Report of the Bombay Veterinary College
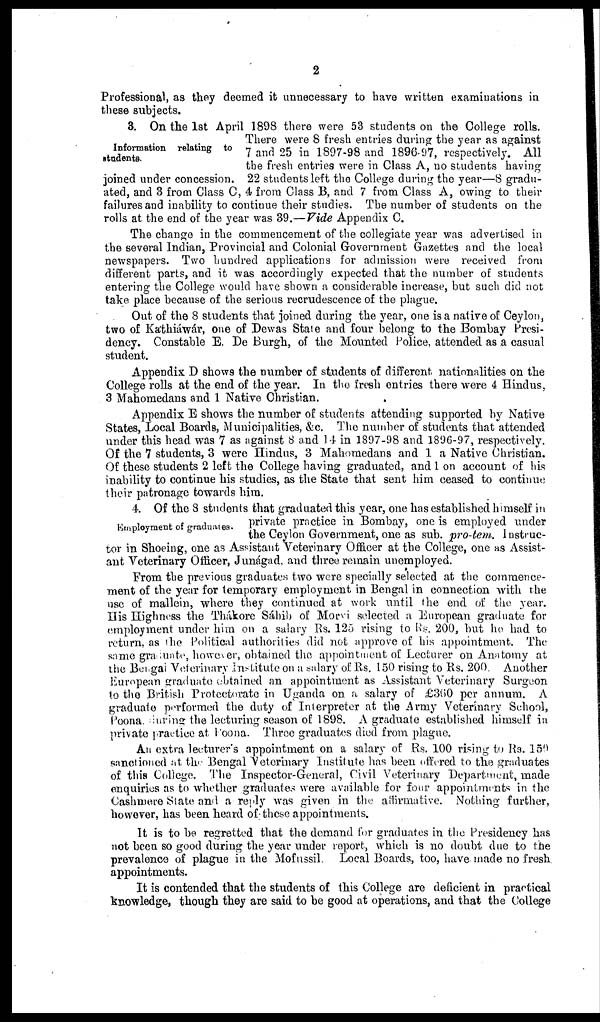
2
Professional, as they deemed it unnecessary to have written examinations in
these subjects.
Information relating to
students.
3. On the 1st April 1898 there were 53 students on the College rolls.
There were 8 fresh entries during the year as against
7 and 25 in 1897-98 and 1896-97, respectively. All
the fresh entries were in Class A, no students having
joined under concession. 22 students left the College during the year—8 gradu-
ated, and 3 from Class C, 4 from Class B, and 7 from Class A, owing to their
failures and inability to continue their studies. The number of students on the
rolls at the end of the year was 39.—Vide Appendix C.
The change in the commencement of the collegiate year was advertised in
the several Indian, Provincial and Colonial Government Gazettes and the local
newspapers. Two hundred applications for admission were received from
different parts, and it was accordingly expected that the number of students
entering the College would have shown a considerable increase, but such did not
take place because of the serious recrudescence of the plague.
Out of the 8 students that joined during the year, one is a native of Ceylon,
two of Káthiáwár, one of Dewas State and four belong to the Bombay Presi-
dency. Constable E. De Burgh, of the Mounted Police, attended as a casual
student.
Appendix D shows the number of students of different nationalities on the
College rolls at the end of the year. In the fresh entries there were 4 Hindus,
3 Mahomedans and 1 Native Christian.
Appendix E shows the number of students attending supported by Native
States, Local Boards, Municipalities, &c. The number of students that attended
under this head was 7 as against 8 and 14 in 1897-98 and 1896-97, respectively.
Of the 7 students, 3 were Hindus, 3 Mahomedans and 1 a Native Christian.
Of these students 2 left the College having graduated, and 1 on account of his
inability to continue his studies, as the State that sent him ceased to continue
their patronage towards him.
Employment of graduates.
4. Of the 8 students that graduated this year, one has established himself in
private practice in Bombay, one is employed under
the Ceylon Government, one as sub. pro-tem. Instruc-
tor in Shoeing, one as Assistant Veterinary Officer at the College, one as Assist-
ant Veterinary Officer, Junágad, and three remain unemployed.
From the previous graduates two were specially selected at the commence-
ment of the year for temporary employment in Bengal in connection with the
use of mallein, where they continued at work until the end of the year.
His Highness the Thákore Sáhib of Morvi selected a European graduate for
employment under him on a salary Rs. 125 rising to Rs. 200, but he had to
return, as the Political authorities did not approve of his appointment. The
same graduate, however, obtained the appointment of Lecturer on Anatomy at
the Bengal Veterinary Institute on a salary of Rs. 150 rising to Rs. 200. Another
European graduate obtained an appointment as Assistant Veterinary Surgeon
to the British Protectorate in Uganda on a salary of £360 per annum. A
graduate performed the duty of Interpreter at the Army Veterinary School,
Poona during the lecturing season of 1898. A graduate established himself in
private practice at Poona. Three graduates died from plague.
An extra lecturer's appointment on a salary of Rs. 100 rising to Rs. 150
sanctioned at the Bengal Veterinary Institute has been offered to the graduates
of this College. The Inspector-General, Civil Veterinary Department, made
enquiries as to whether graduates were available for four appointments in the
Cashmere State and a reply was given in the affirmative. Nothing further,
however, has been heard of these appointments.
It is to be regretted that the demand for graduates in the Presidency has
not been so good during the year under report, which is no doubt due to the
prevalence of plague in the Mofussil. Local Boards, too, have made no fresh
appointments.
It is contended that the students of this College are deficient in practical
knowledge, though they are said to be good at operations, and that the College